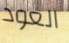
العود